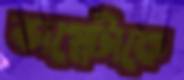
ভাগ্নেটাকে